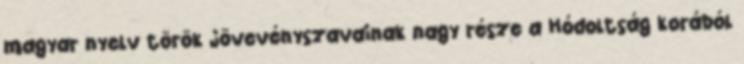
magyar nyelv török jövevényszavainak nagy része a Hódoltság korából